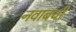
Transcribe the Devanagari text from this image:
नवाबची